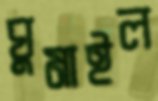
ঘুমাইল